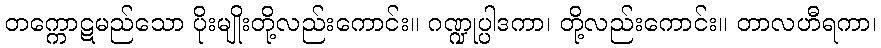
တက္ကောဋမည်သော ပိုးမျိုးတို့လည်းကောင်း။ ဂဏ္ဍုပ္ပါဒကာ၊ တို့လည်းကောင်း။ တာလဟီရကာ၊